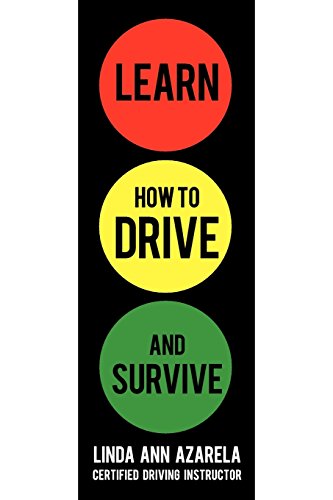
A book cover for Learn How to Drive and Survive; Linda Ann Azarela; Test Preparation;